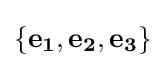
\left\{\mathbf {e_{1}} ,\mathbf {e_{2}} ,\mathbf {e_{3}} \right\}